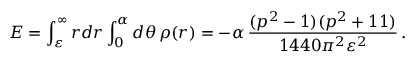
E = \int _ { \varepsilon } ^ { \infty } r d r \int _ { 0 } ^ { \alpha } d \theta \, \rho ( r ) = - \alpha \, \frac { ( p ^ { 2 } - 1 ) ( p ^ { 2 } + 1 1 ) } { 1 4 4 0 \pi ^ { 2 } \varepsilon ^ { 2 } } \, .